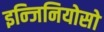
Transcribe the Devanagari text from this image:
इन्जिनियोसो